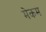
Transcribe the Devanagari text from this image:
मेकम